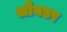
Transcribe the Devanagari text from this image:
श्रौयडर